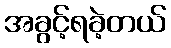
အခွင့်ရခဲ့တယ်